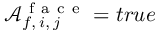
\mathcal { A } _ { f , \, i , \, j } ^ { \mathrm { ~ f ~ a ~ c ~ e ~ } } = t r u e